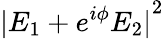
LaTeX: {|E_{1}+e^{i\phi}E_{2}|}^{2}